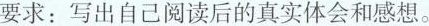
要求：写出自己阅读后的真实体会和感想。